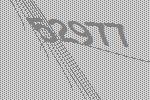
52977